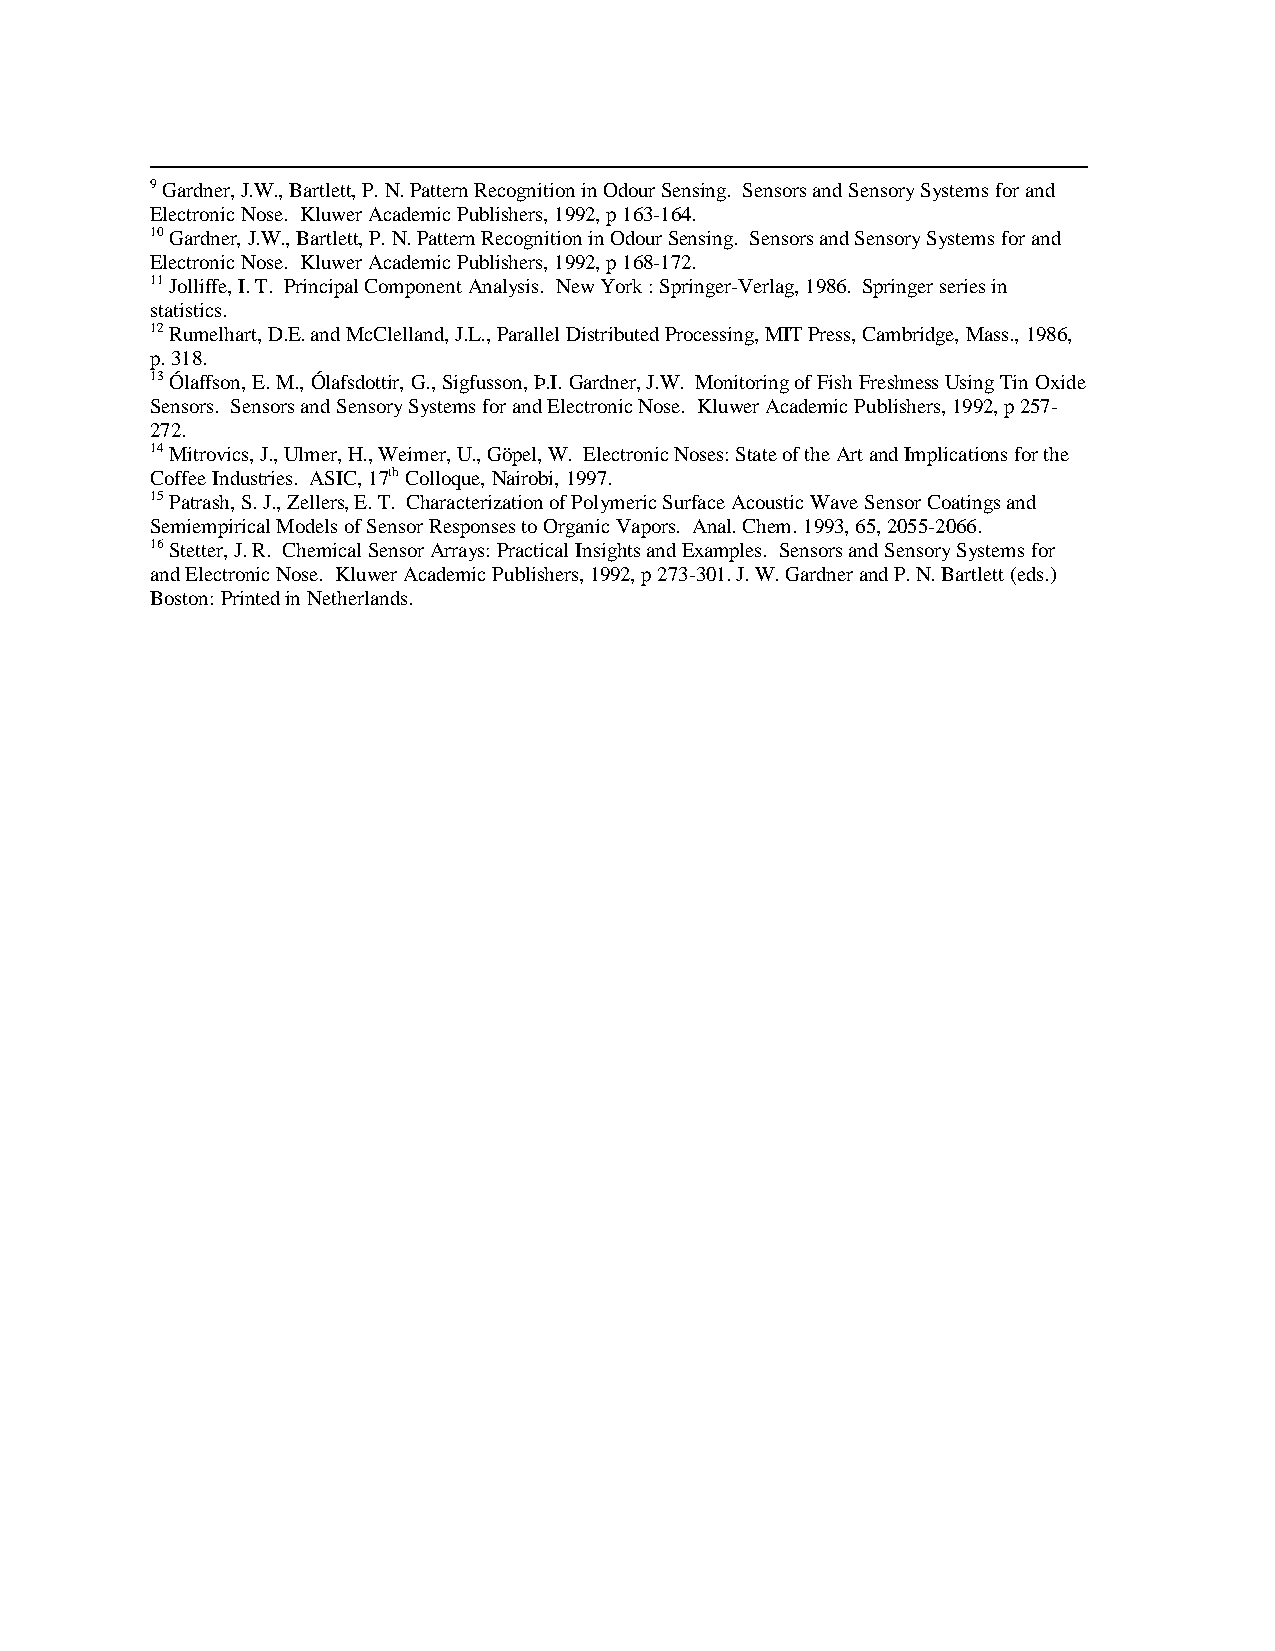
9 Gardner, J.W., Bartlett, P. N. Pattern Recognition in Odour Sensing. Sensors and Sensory Systems for and
 Electronic Nose. Kluwer Academic Publishers, 1992, p 163-164.
 10 Gardner, J.W., Bartlett, P. N. Pattern Recognition in Odour Sensing. Sensors and Sensory Systems for and
 Electronic Nose. Kluwer Academic Publishers, 1992, p 168-172.
 11 Jolliffe, I. T. Principal Component Analysis. New York : Springer-Verlag, 1986. Springer series in
 statistics.
 12 Rumelhart, D.E. and McClelland, J.L., Parallel Distributed Processing, MIT Press, Cambridge, Mass., 1986,
 p. 318.
 13 Ólaffson, E. M., Ólafsdottir, G., Sigfusson, Þ.I. Gardner, J.W. Monitoring of Fish Freshness Using Tin Oxide
 Sensors. Sensors and Sensory Systems for and Electronic Nose. Kluwer Academic Publishers, 1992, p 257-
 272.
 14 Mitrovics, J., Ulmer, H., Weimer, U., Göpel, W. Electronic Noses: State of the Art and Implications for the
 Coffee Industries. ASIC, 17th Colloque, Nairobi, 1997.
 15 Patrash, S. J., Zellers, E. T. Characterization of Polymeric Surface Acoustic Wave Sensor Coatings and
 Semiempirical Models of Sensor Responses to Organic Vapors. Anal. Chem. 1993, 65, 2055-2066.
 16 Stetter, J. R. Chemical Sensor Arrays: Practical Insights and Examples. Sensors and Sensory Systems for
 and Electronic Nose. Kluwer Academic Publishers, 1992, p 273-301. J. W. Gardner and P. N. Bartlett (eds.)
 Boston: Printed in Netherlands.